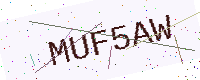
Text: MUF5AW